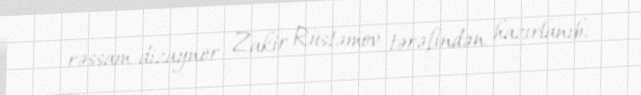
rəssam-dizayner Zakir Rüstəmov tərəfindən hazırlanıb.